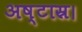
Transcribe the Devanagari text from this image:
अष्टास्र।